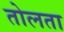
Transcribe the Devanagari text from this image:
तोलता